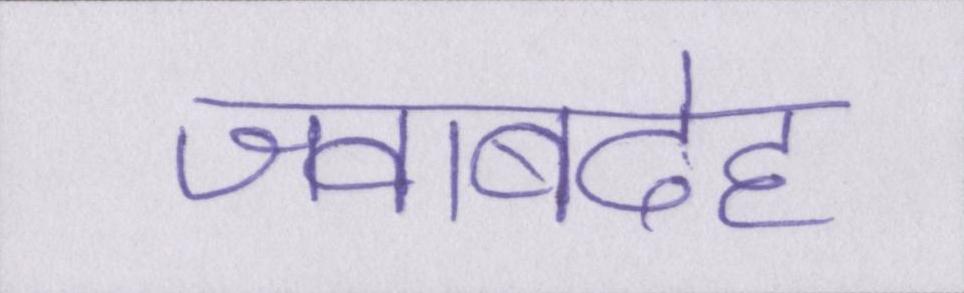
जवाबदेह